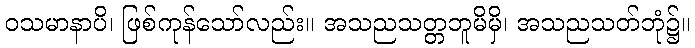
ဝသမာနာပိ၊ ဖြစ်ကုန်သော်လည်း။ အသညသတ္တဘူမိမှိ၊ အသညသတ်ဘုံ၌။